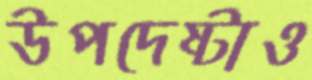
উপদেষ্টাও